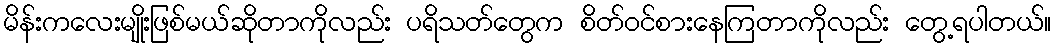
မိန်းကလေးမျိုးဖြစ်မယ်ဆိုတာကိုလည်း ပရိသတ်တွေက စိတ်ဝင်စားနေကြတာကိုလည်း တွေ့ရပါတယ်။